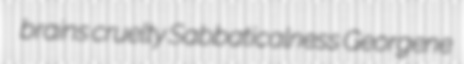
brains cruelty Sabbaticalness Georgene